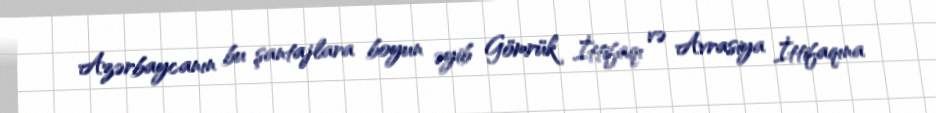
Azərbaycanın bu şantajlara boyun əyib Gömrük İttifaqı və Avrasiya İttifaqına